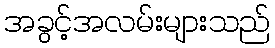
အခွင့်အလမ်းများသည်